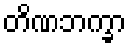
တိဏဘက္ခာ